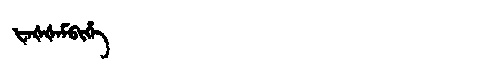
Manchu: ᡶᠠᡧᡧᠠᠮᠪᡳᡥᡝ
Romanization: FAŠŠAMBIHE